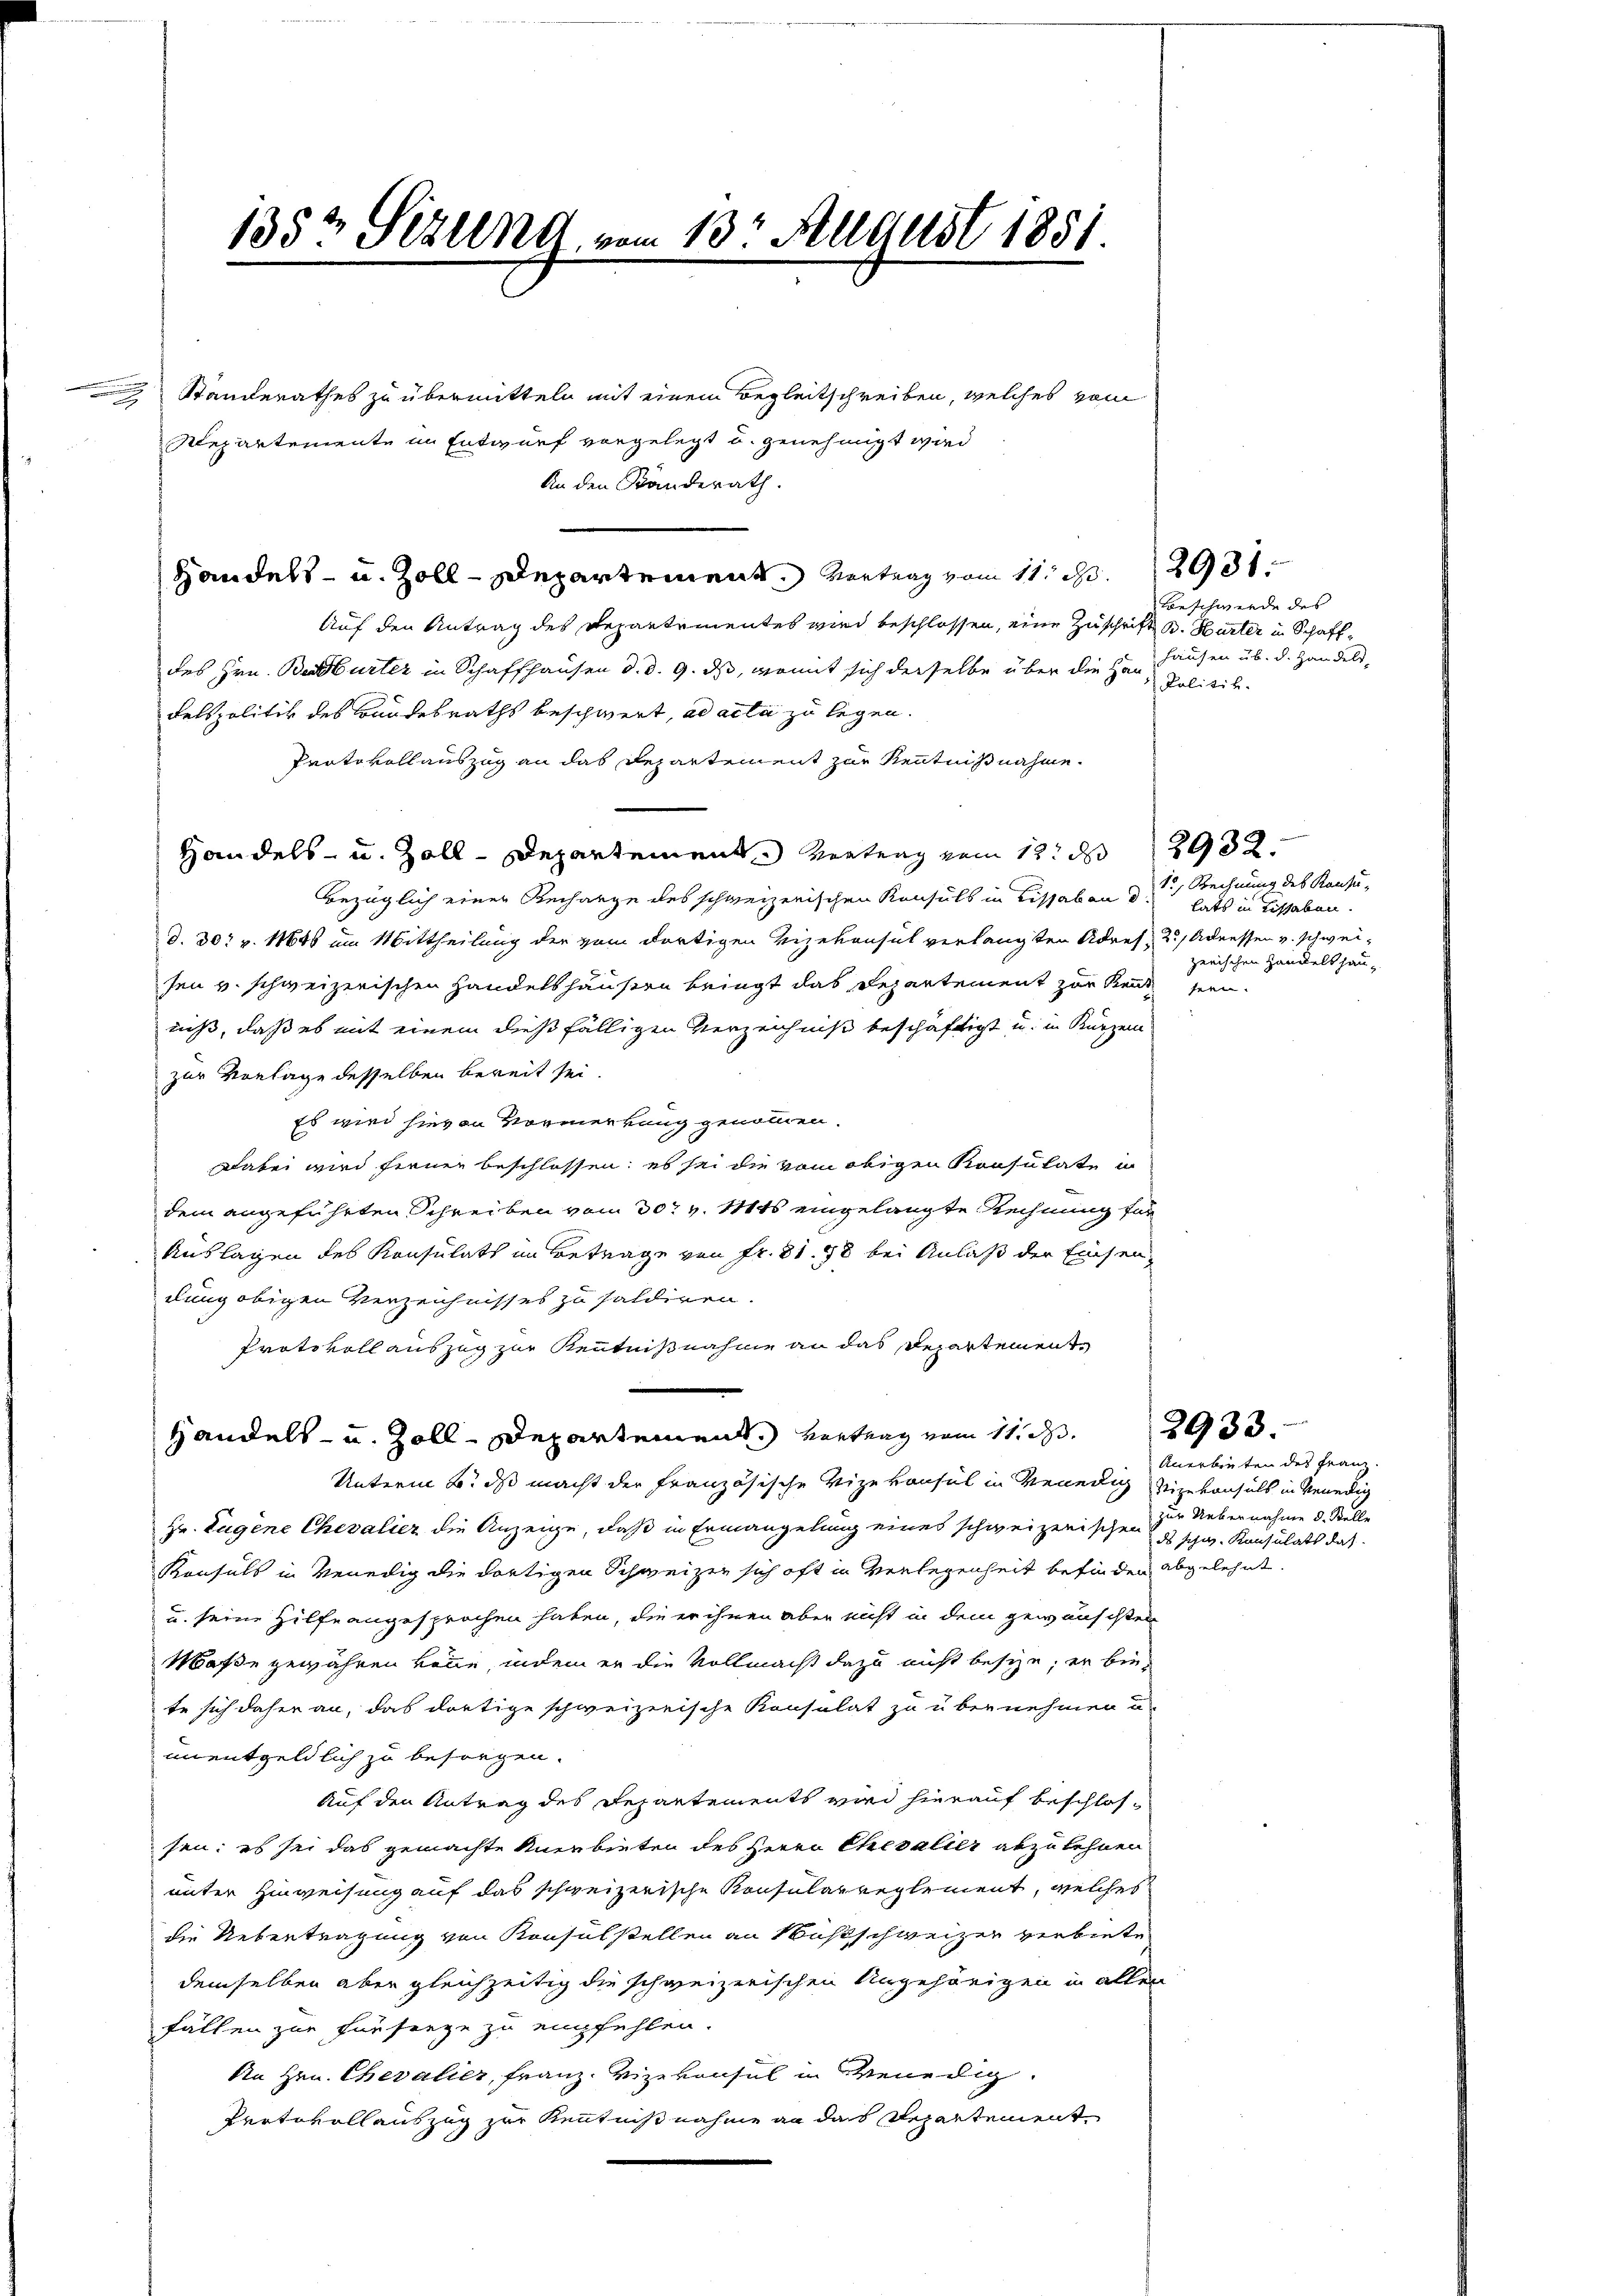
n

Standerathes zu übermitteln mit einem Begleitschreiben, welches vom
Repartemente im Entwurf vorgelegt u. genehmigt wird
Handels- u. Zoll-Departement. Vertrag vom 11. d. 1891
Auf den Antrag des Departementes wird beschlossen, eine Zuschrift B. Hurter in Schaffdes Hrn. Berturter in Schaffhausen d. d. 9. ds, womit sich derselbe über die Hanhausen üb. d. Handels¬
Felspolitik des Bandesraths beschwert, ad acta zu legen.
Protokollauszug an das Departement zur Kenntnißnahme.
Handels- u. Zoll-Departement vertrag vom 12. d
bezüglich einer Rechange des schweizerischen Konsuls in Lissabon den hat in deshaben.
d. 30 v. 1848 um Mittheilung der vom dortigen Vizekonsul verlangten Adres, 2. Adressen v. schweisen v. schweizerischen Handelshäusern bringt das Departement zur Kennt sein.
niß, daß es mit einem dießfälligen Verzeichniß beschäftigt u. in Kürzen
zur Vorlage desselben bereit sei.
Es wird hievon Vormerkung genommen.
Dabei wird ferner beschlossen; es sei die vom obigen Konsulate in
dem angeführten Schreiben vom 30t v. 11845 eingelangte Rechnung für
Auslagen des Konsulats im Betrage von Fr. 81. 18 bei Anlaß der Einsendung obigen Verzeichnisses zu saldiren.
Protokoll auszug zur Kenntnißnahme an das Departemente
Handels- u. Zoll-Departement vortrag vom 11. d.
Unterm 6. ds macht der Französische Vizekonsul in Venedig zugekonsuls in Venedig
Hr. Eugene Chevalier die Anzeige, daß in Ermangelung eines schweizerischen Die Uebernahme d. Stelle
Konsuls in Venedig die dortigen Schweizer sich oft in Verlegenheit befinden abgelehnt.
u. seine Hilfe angesprochen haben, die er ihnen aber nicht in dem gewünschten
Masse gewähren könne, indem er die Vollmacht dazu nicht besie; er binte sich daher an, das dortige schweizerische Konsulat zu übernehmen u
unentgeldlich zu besorgen.
Auf den Antrag des Departements wird hierauf beschlossen: es sei das gemachte Anerbieten des Herrn Chevalier abzulehnen,
unter Hinweisung auf das schweizerische Konsularreglement, welches
die Uebertragung von Konsulstellen an Sihlschweizer verbiete
demselben aber gleichzeitig die schweizerischen Angehörigen in allen
fällen zur Für freye zu empfehlen.
An Hrn. Chevalier, Franz. Vizekonsul in Benedig
Pertovollauszug zur Kenntnißnahme an das Repartement

1352 Sizung vom 13t August 1851.
2

An den Ständerath.

Beschwerde des
 Politik.

1, Rechnung des Kanzu
zerischen Handelt hau¬

2932.

2933.

Anerbieten des Franz.
ds schw. Konsulats das